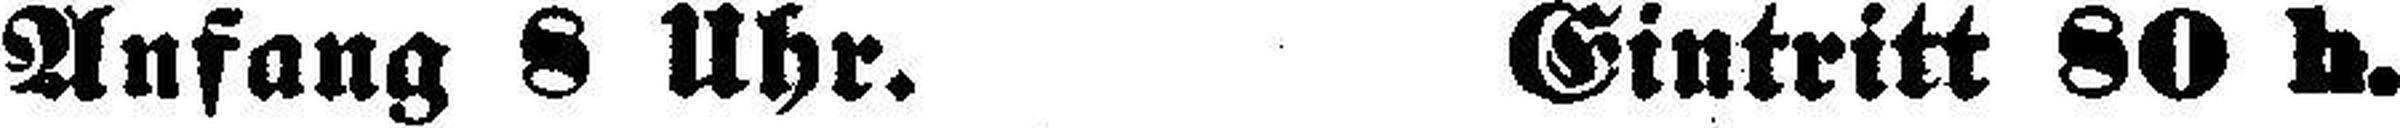
Anfang 8 Uhr. Eintritt 80 h.